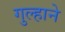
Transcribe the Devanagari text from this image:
गुल्हाने